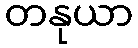
တနုယာ